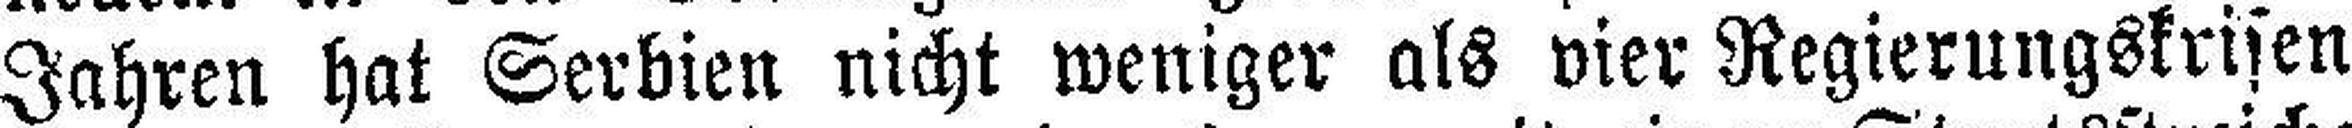
Jahren hat Serbien nicht weniger als vier Regierungskrisen